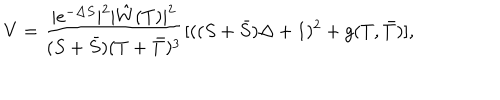
LaTeX: V = \frac { | e ^ { - \Delta S } | ^ { 2 } | \hat { W } ( T ) | ^ { 2 } } { ( S + \bar { S } ) ( T + \bar { T } ) ^ { 3 } } [ ( ( S + \bar { S } ) \Delta + 1 ) ^ { 2 } + g ( T , \bar { T } ) ] ,